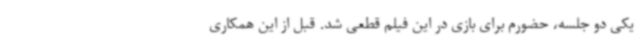
یکی دو جلسه، حضورم برای بازی در این فیلم قطعی شد. قبل از این همکاری